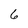
Character: 6